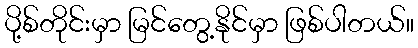
ပို့စ်တိုင်းမှာ မြင်တွေ့နိုင်မှာ ဖြစ်ပါတယ်။